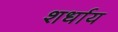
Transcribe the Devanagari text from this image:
शर्धाय